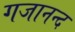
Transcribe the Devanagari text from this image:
गजानन्द